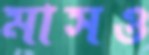
মাসও